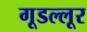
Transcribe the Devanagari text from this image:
गूडल्लूर